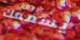
يسمعك